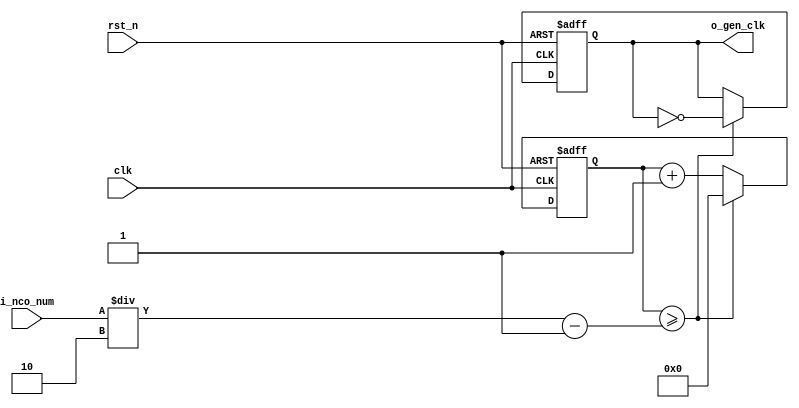
//	==================================================
//	Copyright (c) 2019 Sookmyung Women's University.
//	--------------------------------------------------
//	DEPARTMENT		: EE
//	--------------------------------------------------
//	RELEASE HISTORY
//	--------------------------------------------------
//	VERSION			DATE
//	0.0			2019-11-18
//	--------------------------------------------------
//	PURPOSE			: Digital Clock
//	==================================================

//	--------------------------------------------------
//	Numerical Controlled Oscillator
//	Hz of o_gen_clk = Clock Hz / num
//	--------------------------------------------------

// 609??	.i_nco_num	( 32'd500000	),
// modify nco_num to vibrate 60 times a second.


module	nco(	
		o_gen_clk,
		i_nco_num,
		clk,
		rst_n);

output		o_gen_clk	;	// 1Hz CLK

input	[31:0]	i_nco_num	;
input		clk		;	// 50Mhz CLK
input		rst_n		;

reg	[31:0]	cnt		;
reg		o_gen_clk	;

always @(posedge clk or negedge rst_n) begin
	if(rst_n == 1'b0) begin
		cnt		<= 32'd0;
		o_gen_clk	<= 1'd0	;
	end else begin
		if(cnt >= i_nco_num/2-1) begin
			cnt 	<= 32'd0;
			o_gen_clk	<= ~o_gen_clk;
		end else begin
			cnt <= cnt + 1'b1;
		end
	end
end

endmodule

//	--------------------------------------------------
//	Flexible Numerical Display Decoder
//	--------------------------------------------------
module	fnd_dec(
		o_seg,
		i_num);

output	[6:0]	o_seg		;	// {o_seg_a, o_seg_b, ... , o_seg_g}

input	[3:0]	i_num		;
reg	[6:0]	o_seg		;
//making
always @(i_num) begin 
 	case(i_num) 
 		4'd0:	o_seg = 7'b111_1110; 
 		4'd1:	o_seg = 7'b011_0000; 
 		4'd2:	o_seg = 7'b110_1101; 
 		4'd3:	o_seg = 7'b111_1001; 
 		4'd4:	o_seg = 7'b011_0011; 
 		4'd5:	o_seg = 7'b101_1011; 
 		4'd6:	o_seg = 7'b101_1111; 
 		4'd7:	o_seg = 7'b111_0000; 
 		4'd8:	o_seg = 7'b111_1111; 
 		4'd9:	o_seg = 7'b111_0011; 
		default:o_seg = 7'b000_0000; 
	endcase 
end


endmodule

//	--------------------------------------------------
//	0~59 --> 2 Separated Segments
//	--------------------------------------------------
module	double_fig_sep(
		o_left,
		o_right,
		i_double_fig);

output	[3:0]	o_left		;
output	[3:0]	o_right		;

input	[5:0]	i_double_fig	;

assign		o_left	= i_double_fig / 10	;
assign		o_right	= i_double_fig % 10	;

endmodule

//	--------------------------------------------------
//	0~59 --> 2 Separated Segments
//	--------------------------------------------------
module	led_disp(
		o_seg,
		o_seg_dp,
		o_seg_enb,
		i_six_digit_seg,
		clk,
		i_mode,
		i_position,
		rst_n,
		i_alarm_en );    //add i_mode & i_position --> to make new i_six_dp
  
output	[5:0]	o_seg_enb		;
output		     o_seg_dp		 ;
output	[6:0]	o_seg		    ;
	
input	[41:0]	i_six_digit_seg		;
input	[1:0]	 i_position		     ;
input	[1:0]	 i_mode			        ;
input		clk			                 ;
input		rst_n			               ;
input  i_alarm_en             ;

wire		gen_clk			;	
nco		u_nco(
		.o_gen_clk	( gen_clk	),
		.i_nco_num	( 32'd5000	),
		.clk		( clk		),
		.rst_n		( rst_n		));


reg	[3:0]	cnt_common_node		;

always @(posedge gen_clk or negedge rst_n) begin
	if(rst_n == 1'b0) begin
		cnt_common_node <= 4'd0;
	end else begin
		if(cnt_common_node >= 4'd5) begin
			cnt_common_node <= 4'd0;
		end else begin
			cnt_common_node <= cnt_common_node + 1'b1;
		end
	end
end

wire		clk_1hz			;
nco		u1_nco(
		.o_gen_clk	( clk_1hz	),
		.i_nco_num	( 32'd50000000	),
		.clk		( clk		),
		.rst_n		( rst_n		));

wire clk_2  ;
nco		u2_nco(
		.o_gen_clk	( clk_2	),
		.i_nco_num	( 32'd5000000	),
		.clk		( clk		),
		.rst_n		( rst_n		));		
		
reg	[5:0]	o_seg_enb		;
reg count1;
reg count2;
reg count3;


		
always @(posedge clk_2 or negedge rst_n) begin
  if(rst_n == 1'b0) begin
    count1 = 1'b0;
    count2 = 1'b0;
    count3 = 1'b0;
  end else begin
    count1 <= count1 + 1'b1;
    count2 <= count2 + 1'b1;
    count3 <= count3 + 1'b1;
  end
end

always @(cnt_common_node,i_mode,i_position,count1,count2,count3) begin
  if((i_mode == 2'b01) || (i_mode == 2'b10))begin
    case ( i_position  )
      2'b00 : begin
        if( count1 == 1'b0 ) begin
            case (cnt_common_node)
		          4'd0:	o_seg_enb = 6'b111111;
		          4'd1:	o_seg_enb = 6'b111111;
		          4'd2:	o_seg_enb = 6'b111011;
		          4'd3:	o_seg_enb = 6'b110111;
		          4'd4:	o_seg_enb = 6'b101111;
		          4'd5:	o_seg_enb = 6'b011111;
		          default:o_seg_enb = 6'b111111;	
	           endcase
	        end else begin
	           case (cnt_common_node)
		          4'd0:	o_seg_enb = 6'b111110;
		          4'd1:	o_seg_enb = 6'b111101;
		          4'd2:	o_seg_enb = 6'b111011;
		          4'd3:	o_seg_enb = 6'b110111;
		          4'd4:	o_seg_enb = 6'b101111;
		          4'd5:	o_seg_enb = 6'b011111;
		          default:o_seg_enb = 6'b111111;	
	          endcase
	       end
	   end
	   2'b01 : begin
	       if( count2 == 1'b0) begin
              case (cnt_common_node)
		          4'd0:	o_seg_enb = 6'b111110;
		          4'd1:	o_seg_enb = 6'b111101;
		          4'd2:	o_seg_enb = 6'b111111;
		          4'd3:	o_seg_enb = 6'b111111;
		          4'd4:	o_seg_enb = 6'b101111;
		          4'd5:	o_seg_enb = 6'b011111;
		          default:o_seg_enb = 6'b111111;	
	            endcase
	       end else begin
	          case (cnt_common_node)
		          4'd0:	o_seg_enb = 6'b111110;
		          4'd1:	o_seg_enb = 6'b111101;
		          4'd2:	o_seg_enb = 6'b111011;
		          4'd3:	o_seg_enb = 6'b110111;
		          4'd4:	o_seg_enb = 6'b101111;
		          4'd5:	o_seg_enb = 6'b011111;
		          default:o_seg_enb = 6'b111111;	
	            endcase
	      end
	  end
	  2'b10 : begin
	      if(count3 == 1'b0) begin
              case (cnt_common_node)
		          4'd0:	o_seg_enb = 6'b111110;
		          4'd1:	o_seg_enb = 6'b111101;
		          4'd2:	o_seg_enb = 6'b111011;
		          4'd3:	o_seg_enb = 6'b110111;
		          4'd4:	o_seg_enb = 6'b111111;
		          4'd5:	o_seg_enb = 6'b111111;
		          default:o_seg_enb = 6'b111111;	
	            endcase
	        end else begin
	          case (cnt_common_node)
		          4'd0:	o_seg_enb = 6'b111110;
		          4'd1:	o_seg_enb = 6'b111101;
		          4'd2:	o_seg_enb = 6'b111011;
		          4'd3:	o_seg_enb = 6'b110111;
		          4'd4:	o_seg_enb = 6'b101111;
		          4'd5:	o_seg_enb = 6'b011111;
		          default:o_seg_enb = 6'b111111;	
	            endcase
	        end
	  end 
	 endcase
	end else begin   
	   case (cnt_common_node)
		    4'd0:	o_seg_enb = 6'b111110;
		    4'd1:	o_seg_enb = 6'b111101;
		    4'd2:	o_seg_enb = 6'b111011;
		    4'd3:	o_seg_enb = 6'b110111;
		    4'd4:	o_seg_enb = 6'b101111;
		    4'd5:	o_seg_enb = 6'b011111;
		    default:o_seg_enb = 6'b111111;	
	  endcase
 end
end


reg 	[5:0]	i_six_dp		;	  
reg			     o_seg_dp		; //add


//ADD CONDITION : decide i_six_dp when i_mode is 2'b01 and 2'b10 
     
reg  [1:0] find_alarm = 2'b00;
reg  [1:0] find_alarm_x = 2'b00;


always @(posedge clk) begin
  find_alarm_x = find_alarm ;
end

		
always @(posedge clk_1hz or negedge rst_n) begin
  if(rst_n == 1'b0) begin
    find_alarm = 2'b00;
  end else begin
    find_alarm = {find_alarm_x[0],i_alarm_en};
  end
end
always @(i_mode,i_position, find_alarm) begin
	    if ( i_mode == 2'b01 ) begin
	       case (i_position)
		      2'b00:	  i_six_dp = 6'b000001;
		      2'b01:	  i_six_dp = 6'b000100;
		      2'b10:	  i_six_dp = 6'b010000;
		      default: i_six_dp = 6'b000000;
		     endcase
	     end else begin
	         if ( i_mode == 2'b10 ) begin
	           case (i_position)
		          2'b00:	  i_six_dp = 6'b000010;
		          2'b01:	  i_six_dp = 6'b001000;
		          2'b10:	  i_six_dp = 6'b100000;
		          default: i_six_dp = 6'b000000;
		         endcase
		       end else begin
		            i_six_dp = 6'b000000;
		       end
		     //i_mode is not 2'b10 and 2'b01, i_six_dp have to be 6'b000000
    if( (find_alarm == 2'b01)||(find_alarm == 2'b10) ) begin
           i_six_dp = 6'b111111;        
      end 
	end 
	  
end


 //if i_alarm_en ==1 and find_alarm == 0, i_six_dp = 111111 and find_alarm is increasement.... so, find_alarm == 0 > find_alarm ==>1
		      // if i_alarm_en ==1 but find_alarm ==1, i_six_dp is not changed. 


always @(cnt_common_node) begin
		case (cnt_common_node)
			4'd0:	o_seg_dp = i_six_dp[0];
			4'd1:	o_seg_dp = i_six_dp[1];
			4'd2:	o_seg_dp = i_six_dp[2];
			4'd3:	o_seg_dp = i_six_dp[3];
			4'd4:	o_seg_dp = i_six_dp[4];
			4'd5:	o_seg_dp = i_six_dp[5];
			default:o_seg_dp = 1'b0;
		endcase
end

reg	[6:0]	o_seg			            ;

always @(cnt_common_node) begin
	case (cnt_common_node)
		4'd0:	o_seg = i_six_digit_seg[6:0];
		4'd1:	o_seg = i_six_digit_seg[13:7];
		4'd2:	o_seg = i_six_digit_seg[20:14];
		4'd3:	o_seg = i_six_digit_seg[27:21];
		4'd4:	o_seg = i_six_digit_seg[34:28];
		4'd5:	o_seg = i_six_digit_seg[41:35];
		default:o_seg = 7'b111_1110; // 0 display
	endcase
end

endmodule


//	--------------------------------------------------
//	HMS(Hour:Min:Sec) Counter
//	--------------------------------------------------
module	hms_cnt(
		o_hms_cnt,
		o_max_hit,
		i_max_cnt,
		clk,
		rst_n);

output	[5:0]	o_hms_cnt		;
output		     o_max_hit		;

input	[5:0]	i_max_cnt		 ;
input		     clk			      ;
input		     rst_n			    ;

reg	[5:0]	o_hms_cnt		   ;
reg		     o_max_hit		;



always @(posedge clk or negedge rst_n) begin
	if(rst_n == 1'b0) begin
		o_hms_cnt <= 6'd0;
		o_max_hit <= 1'b0;
	end else begin
		if(o_hms_cnt >= i_max_cnt) begin
			o_hms_cnt <= 6'd0;
			o_max_hit <= 1'b1;
		end else begin
			o_hms_cnt <= o_hms_cnt + 1'b1;
			o_max_hit <= 1'b0;
		end
	end
end

endmodule

module  debounce(
		o_sw,
		i_sw,
		clk);
output		o_sw			;

input		i_sw			;
input		clk			;

reg		dly1_sw			;
always @(posedge clk) begin
	dly1_sw <= i_sw;
end

reg		dly2_sw			;
always @(posedge clk) begin
	dly2_sw <= dly1_sw;
end

assign		o_sw = dly1_sw | ~dly2_sw;

endmodule

//	--------------------------------------------------
//	Clock Controller
//	--------------------------------------------------
module	controller(
		o_mode,
		o_position,
		o_world_position,
		o_timer_position,				// add
		o_alarm_en,
		o_secc_clk,
		o_sec_clk,
		o_min_clk,
		o_hou_clk,
		o_alarm_sec_clk,
		o_alarm_min_clk,
		o_alarm_hou_clk,
		o_timer_sec_clk,
		o_timer_min_clk,
		o_timer_hou_clk,
		i_max_hit_secc,
		i_max_hit_sec,
		i_max_hit_min,
		i_max_hit_hou,
		i_sw0,
		i_sw1,
		i_sw2,
		i_sw3,
		i_sw4,
		i_sw5,							// add
		clk,
		rst_n);


output	[1:0]	o_mode			;
output	[1:0]	o_position		;
output [1:0] o_world_position ;
output	[1:0]	o_timer_position	;		// add
output		o_alarm_en		;
output		o_secc_clk		;
output		o_sec_clk		;
output		o_min_clk		;
output		o_hou_clk		;
output		o_alarm_sec_clk		;
output		o_alarm_min_clk		;
output		o_alarm_hou_clk		;
output		o_timer_sec_clk		;
output		o_timer_min_clk		;
output		o_timer_hou_clk		;

input		i_max_hit_secc		;
input		i_max_hit_sec		;
input		i_max_hit_min		;
input		i_max_hit_hou		;

input		i_sw0			;
input		i_sw1			;
input		i_sw2			;
input		i_sw3			;
input		i_sw4			;
input		i_sw5			;						// add

input		clk			;
input		rst_n			;

parameter	MODE_CLOCK	= 3'b000	;
parameter	MODE_SETUP	= 3'b001	;
parameter	MODE_ALARM	= 3'b010	;
parameter	MODE_WORLD	= 3'b011 ;
parameter	MODE_TIMER	= 3'b100	;
parameter	POS_SEC		  = 2'b00	;
parameter	POS_MIN		  = 2'b01	;
parameter POS_HOU  	 = 2'b10 ;
parameter WOR_USA    = 2'b00 ; //TIME OF USA
parameter WOR_ENG    = 2'b01 ; //TIME OF ENGLAND
parameter WOR_AUS    = 2'b10 ; //TIME OF AUSTRALIA
parameter	SECC_SW	= 2'b00	;
parameter	SEC_SW	= 2'b01	;
parameter	MIN_SW	= 2'b10	;

wire		clk_100hz		;
nco		u0_nco(
		.o_gen_clk	( clk_100hz	),
		.i_nco_num	( 32'd500000	),
		.clk		( clk		),
		.rst_n		( rst_n		));

wire		sw0			;
debounce	u0_debounce(
		.o_sw		( sw0		),
		.i_sw		( i_sw0		),
		.clk		( clk_100hz	));

wire		sw1			;
debounce	u1_debounce(
		.o_sw		( sw1		),
		.i_sw		( i_sw1		),
		.clk		( clk_100hz	));

wire		sw2			;
debounce	u2_debounce(
		.o_sw		( sw2		),
		.i_sw		( i_sw2		),
		.clk		( clk_100hz	));

wire		sw3			;
debounce	u3_debounce(
		.o_sw		( sw3		),
		.i_sw		( i_sw3		),
		.clk		( clk_100hz	));

wire		sw4			;
debounce	u4_debounce(
		.o_sw		( sw4		),
		.i_sw		( i_sw4		),
		.clk		( clk_100hz	));
		
wire		sw5			;
debounce	u5_debounce(
		.o_sw		( sw5		),
		.i_sw		( i_sw5		),
		.clk		( clk_100hz	));

reg	[1:0]	o_mode			;
always @(posedge sw0 or negedge rst_n) begin
	if(rst_n == 1'b0) begin
		o_mode <= MODE_CLOCK;
	end else begin
		if(o_mode >= MODE_TIMER) begin
			o_mode <= MODE_CLOCK;
		end else begin
			o_mode <= o_mode + 1'b1;
		end
	end
end

reg	[1:0]	o_position		;
always @(posedge sw1 or negedge rst_n) begin
	if(rst_n == 1'b0) begin
		o_position <= POS_SEC;
	end else begin
		if(o_position >= POS_HOU) begin
			o_position <= POS_SEC;
		end else begin
			o_position <= o_position + 1'b1;
		end
	end
end

reg		o_alarm_en		;
always @(posedge sw3 or negedge rst_n) begin
	if(rst_n == 1'b0) begin
		o_alarm_en <= 1'b0;
	end else begin
		o_alarm_en <= o_alarm_en + 1'b1;
	end
end

reg	[1:0]	o_world_position		; //ADD TIME OF OTHER COUNTRIES WITH NEW BUTTON sw4 

always @(posedge sw4 or negedge rst_n) begin
	if(rst_n == 1'b0) begin
		o_world_position <= WOR_USA;
	end else begin
		if(o_world_position >= WOR_AUS) begin
			o_world_position <= WOR_USA;
		end else begin
			o_world_position <= o_world_position + 1'b1;
		end
	end
end


reg	[1:0]	o_timer_position		; //ADD TIMER WITH NEW BUTTON sw5 

always @(posedge sw5 or negedge rst_n) begin
	if(rst_n == 1'b0) begin
		o_timer_position <= SECC_SW;
	end else begin
		if(o_timer_position >= MIN_SW) begin
			o_timer_position <= SECC_SW;
		end else begin
			o_timer_position <= o_timer_position + 1'b1;
		end
	end
end

wire		clk_1hz			;
nco		u1_nco(
		.o_gen_clk	( clk_1hz	),
		.i_nco_num	( 32'd50000000	),
		.clk		( clk		),
		.rst_n		( rst_n		));
		
wire		clk_60hz			;
nco		u2_nco(
		.o_gen_clk	( clk_60hz	),
		.i_nco_num	( 32'd500000	),	// modify nco_num to vibrate 60 times a second.
		.clk		( clk		),
		.rst_n		( rst_n		));

reg		o_secc_clk		;
reg		o_sec_clk		;
reg		o_min_clk		;
reg  o_hou_clk  		;
reg		o_alarm_sec_clk		;
reg		o_alarm_min_clk		;
reg  o_alarm_hou_clk 	;
always @(*) begin
	case(o_mode)
		MODE_CLOCK : begin
			o_sec_clk = clk_1hz;
			o_min_clk = i_max_hit_sec;
			o_hou_clk = i_max_hit_min;
			o_alarm_sec_clk = 1'b0;
			o_alarm_min_clk = 1'b0;
			o_alarm_hou_clk = 1'b0;
		end
		MODE_SETUP : begin
			case(o_position)
				POS_SEC : begin
					o_sec_clk = ~sw2;
					o_min_clk = 1'b0;
					o_hou_clk = 1'b0;
					o_alarm_sec_clk = 1'b0;
					o_alarm_min_clk = 1'b0;
					o_alarm_hou_clk = 1'b0;
				end
				POS_MIN : begin
					o_sec_clk = 1'b0;
					o_min_clk = ~sw2;
					o_hou_clk = 1'b0;
					o_alarm_sec_clk = 1'b0;
					o_alarm_min_clk = 1'b0;
					o_alarm_hou_clk = 1'b0;
				end
				POS_HOU : begin
				  o_sec_clk = 1'b0;
					o_min_clk = 1'b0;
					o_hou_clk = ~sw2;
					o_alarm_sec_clk = 1'b0;
					o_alarm_min_clk = 1'b0;
					o_alarm_hou_clk = 1'b0;
				end
			endcase
		end
		MODE_ALARM : begin
			case(o_position)
				POS_SEC : begin
					o_sec_clk = clk_1hz;
					o_min_clk = i_max_hit_sec;
					o_hou_clk = i_max_hit_min;
					o_alarm_sec_clk = ~sw2;
					o_alarm_min_clk = 1'b0;
					o_alarm_hou_clk = 1'b0;
				end
				POS_MIN : begin
					o_sec_clk = clk_1hz;
					o_min_clk = i_max_hit_sec;
					o_hou_clk = i_max_hit_min;
					o_alarm_sec_clk = 1'b0;
					o_alarm_min_clk = ~sw2;
					o_alarm_hou_clk = 1'b0;
				end
				POS_HOU : begin
				  o_sec_clk = clk_1hz;
					o_min_clk = i_max_hit_sec;
					o_hou_clk = i_max_hit_min;
					o_alarm_sec_clk = 1'b0;
					o_alarm_min_clk = 1'b0;
					o_alarm_hou_clk = ~sw2;
				end
			endcase
		end
		MODE_WORLD : begin
		  o_sec_clk = clk_1hz;
			o_min_clk = i_max_hit_sec;
			o_hou_clk = i_max_hit_min;
			o_alarm_sec_clk = 1'b0;
			o_alarm_min_clk = 1'b0;
			o_alarm_hou_clk = 1'b0;
		end  
		default: begin
			o_sec_clk = 1'b0;
			o_min_clk = 1'b0;
			o_hou_clk = 1'b0;
			o_alarm_sec_clk = 1'b0;
			o_alarm_min_clk = 1'b0;
			o_alarm_hou_clk = 1'b0;
		end
		MODE_TIMER : begin
			case(o_position)
				SECC_SW : begin
					o_secc_clk = clk_60hz;			//???? 60hz
					o_sec_clk = i_max_hit_secc;
					o_min_clk = i_max_hit_sec;
					o_alarm_sec_clk = 1'b0;
					o_alarm_min_clk = 1'b0;
					o_alarm_hou_clk = 1'b0;
				end
				SEC_SW : begin
					o_secc_clk = clk_60hz;			//???? 60hz
					o_sec_clk = i_max_hit_secc;
					o_min_clk = i_max_hit_sec;
					o_alarm_sec_clk = 1'b0;
					o_alarm_min_clk = 1'b0;
					o_alarm_hou_clk = 1'b0;
				end
				MIN_SW : begin
					o_secc_clk = clk_60hz;			//???? 60hz
					o_sec_clk = i_max_hit_secc;
					o_min_clk = i_max_hit_sec;
					o_alarm_sec_clk = 1'b0;
					o_alarm_min_clk = 1'b0;
					o_alarm_hou_clk = 1'b0;
				end
			endcase
		end
	endcase
end

endmodule

//	--------------------------------------------------
//	HMS(Hour:Min:Sec) Counter
//	--------------------------------------------------
module	houminsec(	
		o_secc,
		o_sec,
		o_min,
		o_hou,
		o_max_hit_secc,
		o_max_hit_sec,
		o_max_hit_min,
		o_max_hit_hou,
		o_alarm,
		i_mode,
		i_position,
		i_world_position,
		i_timer_position,			// add
		i_secc_clk,					// add
		i_sec_clk,
		i_min_clk,
		i_hou_clk,
		i_alarm_sec_clk,
		i_alarm_min_clk,
		i_alarm_hou_clk,
		i_timer_secc_clk,			// add x3
		i_timer_sec_clk,
		i_timer_min_clk,
		i_alarm_en,
		clk,
		rst_n);

output	[5:0]	o_secc	;
output	[5:0]	o_sec		;
output	[5:0]	o_min		;
output [5:0]	o_hou  		;
output		o_max_hit_secc	;
output		o_max_hit_sec	;
output		o_max_hit_min	;
output  	o_max_hit_hou 	;
output		o_alarm		;

input	[1:0]i_mode		;
input	[1:0]i_position	;
input [1:0]i_world_position ;
input [1:0]i_timer_position ;
input				i_secc_clk	;
input			   i_sec_clk	;
input			   i_min_clk	;
input 	    i_hou_clk 	;
input			   i_alarm_sec_clk	;
input			   i_alarm_min_clk	;
input  	   i_alarm_hou_clk ;
input			   i_timer_secc_clk	;
input			   i_timer_sec_clk	;
input				i_timer_min_clk ;
input			   i_alarm_en	;

input		clk		  ;
input		rst_n		;


parameter	MODE_CLOCK	= 3'b000	;
parameter	MODE_SETUP	= 3'b001	;
parameter	MODE_ALARM	= 3'b010	;
parameter	MODE_WORLD	= 3'b011 ;
parameter	MODE_TIMER	= 3'b100	;
//parameter	POS_SECC		= 2'b11	;
parameter	POS_SEC		  = 2'b00	;
parameter	POS_MIN		  = 2'b01	;
parameter POS_HOU  	 = 2'b10 ;
parameter WOR_USA    = 2'b00 ;
parameter WOR_ENG    = 2'b01 ;
parameter WOR_AUS    = 2'b10 ;
parameter	SECC_SW	= 2'b00	;
parameter	SEC_SW	= 2'b01	;
parameter	MIN_SW	= 2'b10	;


//	MODE_CLOCK
wire	[5:0]	sec		;
wire		max_hit_sec	;
hms_cnt		u_hms_cnt_sec(
		.o_hms_cnt	( sec			),
		.o_max_hit	( o_max_hit_sec		),
		.i_max_cnt	( 6'd59			),
		.clk		( i_sec_clk		),
		.rst_n		( rst_n			));

wire	[5:0]	min		;
wire		max_hit_min	;
hms_cnt		u_hms_cnt_min(
		.o_hms_cnt	( min			),
		.o_max_hit	( o_max_hit_min		),
		.i_max_cnt	( 6'd59			),
		.clk		( i_min_clk		),
		.rst_n		( rst_n			));
		
wire 	[5:0] 	hou  		;
wire  		max_hit_hou 	;
hms_cnt		u_hms_cnt_hou(
		.o_hms_cnt	( hou			),
		.o_max_hit	( o_max_hit_hou		),
		.i_max_cnt	( 6'd23			),
		.clk		( i_hou_clk		),
		.rst_n		( rst_n			));
		
//	MODE_ALARM
wire	[5:0]	alarm_sec	;
hms_cnt		u_hms_cnt_alarm_sec(
		.o_hms_cnt	( alarm_sec		),
		.o_max_hit	( 			),
		.i_max_cnt	( 6'd59			),
		.clk		( i_alarm_sec_clk	),
		.rst_n		( rst_n			));

wire	[5:0]	alarm_min	;
hms_cnt		u_hms_cnt_alarm_min(
		.o_hms_cnt	( alarm_min		),
		.o_max_hit	( 			),
		.i_max_cnt	( 6'd59			),
		.clk		( i_alarm_min_clk	),
		.rst_n		( rst_n			));

wire	[5:0]	alarm_hou	;
hms_cnt		u_hms_cnt_alarm_hou(
		.o_hms_cnt	( alarm_hou		),
		.o_max_hit	( 			),
		.i_max_cnt	( 6'd23			),
		.clk		( i_alarm_hou_clk	),
		.rst_n		( rst_n			));
		
//	MODE_TIMER

// The part of the watch that increases its secc part
wire	[5:0]	secc		;
wire		max_hit_secc	;
hms_cnt		u_hms_cnt_secc(
		.o_hms_cnt	( secc			),
		.o_max_hit	( o_max_hit_secc		),
		.i_max_cnt	( 6'd59			),
		.clk		( i_secc_clk		),
		.rst_n		( rst_n			));

wire	[5:0]	timer_secc	;
hms_cnt		u_hms_cnt_timer_secc(
		.o_hms_cnt	( timer_secc		),
		.o_max_hit	( 			),
		.i_max_cnt	( 6'd59			),
		.clk		( i_timer_secc_clk	),
		.rst_n		( rst_n			));

wire	[5:0]	timer_sec	;
hms_cnt		u_hms_cnt_timer_sec(
		.o_hms_cnt	( timer_sec	),
		.o_max_hit	( 			),
		.i_max_cnt	( 6'd59			),
		.clk		( i_timer_sec_clk	),
		.rst_n		( rst_n			));

wire	[5:0]	timer_min	;
hms_cnt		u_hms_cnt_timer_min(
		.o_hms_cnt	( timer_min		),
		.o_max_hit	( 			),
		.i_max_cnt	( 6'd59			),
		.clk		( i_timer_min_clk	),
		.rst_n		( rst_n			));


reg	[5:0]	o_secc	;
reg	[5:0]	o_sec		;
reg	[5:0]	o_min		;
reg 	[5:0] o_hou 		;

always @ (*) begin
	case(i_mode)
		MODE_CLOCK: begin
			o_sec	= sec;
			o_min	= min;
			o_hou = hou;
		end
		MODE_SETUP:	begin
			o_sec	= sec;
			o_min	= min;
			o_hou = hou;
		end
		MODE_ALARM:	begin
			o_sec	= alarm_sec;
			o_min	= alarm_min;
			o_hou = alarm_hou;
		end
		MODE_WORLD: begin //MODE OF TIME OF OTHER COUNTRIES
		    case(i_world_position)
		      WOR_USA : begin //TIME OF USA --> TIME DIFFERENCE OF 14 HOUR
		        o_sec	= sec;
			      o_min	= min;
			      o_hou = hou + 6'd14 ;
			    end
			    WOR_ENG : begin //TIME OF ENGLAND --> TIME DIFFERENCE OF 9 HOUR
			      o_sec	= sec;
			      o_min	= min;
			      o_hou = hou + 6'd09 ;
			    end
			    WOR_AUS : begin //TIME OF AUSTRALIA --> TIME DIFFERENCE OF 2 HOUR
			      o_sec	= sec;
			      o_min	= min;
			      o_hou = hou + 6'd02 ;
			    end
			  endcase
		end
		MODE_TIMER: begin
			o_secc	= secc;
			o_sec		= sec;
			o_min		= min;
		end
	endcase
end

reg		o_alarm		;
always @ (posedge clk or negedge rst_n) begin
	if ((rst_n == 1'b0)) begin
		o_alarm <= 1'b0;
	    end else begin
		    if( (sec == alarm_sec) && (min == alarm_min) && (hou == alarm_hou)) begin
		  	   o_alarm <= 1'b1 & i_alarm_en;
		    end else begin
			     o_alarm <= o_alarm & i_alarm_en;
			   end
	end
end

endmodule

module	buzz(
		o_buzz,
		i_buzz_en,
		clk,
		rst_n);

output		o_buzz		;

input		i_buzz_en	;
input		clk		     ;
input		rst_n		   ;

parameter	C = 191113	;
parameter	D = 170262	;
parameter	E = 151686	;
parameter	F = 143173	;
parameter	G = 63776	;
parameter	A = 56818	;
parameter	B = 50619	;

wire		clk_beat		;
nco	u_nco_bit(	
		.o_gen_clk	( clk_beat	),
		.i_nco_num	( 25000000	),
		.clk		( clk		),
		.rst_n		( rst_n		));

reg	[4:0]	cnt		;
always @ (posedge clk_beat or negedge rst_n) begin
	if(rst_n == 1'b0) begin
		cnt <= 5'd0;
	end else begin
		if(cnt >= 5'd24) begin
			cnt <= 5'd0;
		end else begin
			cnt <= cnt + 1'd1;
		end
	end
end

reg	[31:0]	nco_num		;
always @ (*) begin
	case(cnt)
		5'd00: nco_num = E	;
		5'd01: nco_num = D	;
		5'd02: nco_num = C	;
		5'd03: nco_num = D	;
		5'd04: nco_num = E	;
		5'd05: nco_num = E	;
		5'd06: nco_num = E	;
		5'd07: nco_num = D	;
		5'd08: nco_num = D	;
		5'd09: nco_num = D	;
		5'd10: nco_num = E	;
		5'd11: nco_num = E	;
		5'd12: nco_num = E	;
		5'd13: nco_num = E	;
		5'd14: nco_num = D	;
		5'd15: nco_num = C	;
		5'd16: nco_num = D	;
		5'd17: nco_num = E	;
		5'd18: nco_num = E	;
		5'd19: nco_num = E	;
		5'd20: nco_num = D	;
		5'd21: nco_num = D	;
		5'd22: nco_num = E	;
		5'd23: nco_num = D	;
		5'd24: nco_num = C	;
	endcase
end

wire		buzz		;
nco	u_nco_buzz(	
		.o_gen_clk	( buzz		),
		.i_nco_num	( nco_num	),
		.clk		( clk		),
		.rst_n		( rst_n		));

assign		o_buzz = buzz & i_buzz_en;

endmodule



//	--------------------------------------------------
//	Timer
//	--------------------------------------------------
/*

module timer(
		clk,
		i_mode1,
		i_mode2,
		o_secc_sw,
		o_sec_sw,
		o_min_sw	);
		
input					clk		;
input		[1:0]		i_mode1	;
input		[1:0]		i_mode2	;

output	[3:0]		o_secc_sw;
output	[5:0]		o_sec_sw	;
output	[5:0]		o_min_sw	;

reg		[3:0]		o_secc_sw;
reg		[5:0]		o_sec_sw	;
reg		[5:0]		o_min_sw	;
reg		[3:0]		count		;
reg		[3:0]		v_secc	;
reg		[5:0]		v_sec		;
reg		[5:0]		v_min		;

initial begin
	count		= 4'b0000;
	v_secc	= 4'b0000;
	v_sec		= 6'b000000;
	v_min		= 6'b000000;
end

always @(posedge clk) begin
	if( i_mode1 == 2'b10 && i_mode2 == 2'b01 ) begin
		count = count + 1;
	end else begin
		if( count == 4'b1010 ) begin
			v_secc = v_secc + 1;
			count = 4'b0000;
			end else begin
			if( v_secc == 4'b1010 ) begin
				v_sec = v_sec + 1;
				v_secc = 4'b0000;
			end else begin
				if( v_sec == 4'b111100 ) begin
					v_min = v_min + 1;
					v_sec = 6'b000000;
				end else begin
					if( v_min == 4'b111100 ) begin
						v_min = 6'b000000;
					end else begin
						if( i_mode1 == 2'b10 && i_mode2 == 2'b00 ) begin
							count = 4'b0000;
							v_secc = 4'b0000;
							v_sec = 4'b000000;
							v_min = 4'b000000;
						end
					end
				end
			end
		end	
		o_secc_sw = v_secc;
		o_sec_sw = v_sec;
		o_min_sw = v_min;
	end
end

endmodule		
*/

/*
module stopwatch(
    i_clock,
    i_reset,
    i_start,
    a, b, c, d, e, f, g,
	 dp,
    an			);
 
input i_clock	;
input i_reset	;
input i_start	;

output	a	;
output	b	;
output	c	;
output	d	;
output	e	;
output	f	;
output	g	;
output	dp	;
output [3:0] an 	;
 
reg [3:0] reg_d0, reg_d1, reg_d2, reg_d3; //registers that will hold the individual counts
reg [22:0] count; //23 bits needed to count up to 5M bits

wire click;
 
//the mod 5M clock to generate a tick ever 0.1 second
always @ (posedge i_clock or posedge i_reset)	begin
	case (i_sw2)
		i_reset: begin
			count <= 0;
			if (count == 5000000) begin //if it reaches the desired max value reset it
				count <= 0;
			end
		end
		i_start: begin		//only start if the input is set high
			count <= count + 1;
		end
	endcase
end

assign click = ((count == 5000000) ? 1'b1 : 1'b0); //click to be assigned high every 0.1 second

always @ (posedge i_clock or posedge i_reset) begin

 case (i_sw2)
	i_reset: begin
		reg_d0 <= 0;
		reg_d1 <= 0;
		reg_d2 <= 0;
		reg_d3 <= 0;
	end
 	i_click: begin //increment at every click
		if(reg_d0 == 9) begin //xxx9 - the 0.1 second digit, if_1
			reg_d0 <= 0;
			
		end else begin
			if (reg_d1 == 9) begin //xx99, if_2
				reg_d1 <= 0;
				
			end else begin
				if (reg_d2 == 5) begin //x599 - the two digit seconds digits, if_3
					reg_d2 <= 0;
					
				end else begin
					if(reg_d3 == 9) begin //9599 - The minute digit
						reg_d3 <= 0;
						
					end else begin
						reg_d3 <= reg_d3 + 1;
						reg_d2 <= reg_d2 + 1;
						reg_d1 <= reg_d1 + 1;
						reg_d0 <= reg_d0 + 1;
					end
				end
			end
		end
	endcase
end
*/
/*		
     else //else_3
      reg_d2 <= reg_d2 + 1;
    end
     
    else //else_2
     reg_d1 <= reg_d1 + 1;
   end
    
   else //else_1
    reg_d0 <= reg_d0 + 1;
  end
end
*/
/*
//The Circuit for Multiplexing - Look at my other post for details on this
 
localparam N = 18;
 
reg [N-1:0]	count2;
 
always @ (posedge i_clock or posedge i_reset)
 begin
  if (i_reset)
   count2 <= 0;
  else
   count2 <= count2 + 1;
 end
 
reg [6:0]sseg;
reg [3:0]an_temp;
reg reg_dp;

always @ (*) begin
  case(count2[N-1:N-2])
   2'b00 : begin
     sseg = reg_d0;
     an_temp = 4'b1110;
     reg_dp = 1'b1;
   end  
   2'b01: begin
     sseg = reg_d1;
     an_temp = 4'b1101;
     reg_dp = 1'b0;
   end
   2'b10: begin
     sseg = reg_d2;
     an_temp = 4'b1011;
     reg_dp = 1'b1;
   end  
   2'b11: begin
     sseg = reg_d3;
     an_temp = 4'b0111;
     reg_dp = 1'b0;
   end
  endcase
end
 
assign an = an_temp;
 
reg [6:0] sseg_temp; 
always @ (*) begin
  case(sseg)
   4'd0 : sseg_temp = 7'b1000000;
   4'd1 : sseg_temp = 7'b1111001;
   4'd2 : sseg_temp = 7'b0100100;
   4'd3 : sseg_temp = 7'b0110000;
   4'd4 : sseg_temp = 7'b0011001;
   4'd5 : sseg_temp = 7'b0010010;
   4'd6 : sseg_temp = 7'b0000010;
   4'd7 : sseg_temp = 7'b1111000;
   4'd8 : sseg_temp = 7'b0000000;
   4'd9 : sseg_temp = 7'b0010000;
   default : sseg_temp = 7'b0111111; //dash
  endcase
end

assign {g, f, e, d, c, b, a} = sseg_temp; 
assign dp = reg_dp;
 
endmodule
*/

module	digital_clock(
		o_seg_enb,
		o_seg_dp,
	 	o_seg,
		o_alarm,
		i_sw0,
		i_sw1,
		i_sw2,
		i_sw3,
		i_sw4,
		i_sw5,
		clk,
		rst_n);
    
output	[5:0]	o_seg_enb	;
output	     	o_seg_dp	;
output	[6:0]	o_seg		  ;
output	     	o_alarm		;

input		i_sw0		;
input		i_sw1		;
input		i_sw2		;
input		i_sw3		;
input		i_sw4		;
input		i_sw5		;
input		clk		  ;
input		rst_n		;

wire		max_hit_secc		;
wire 		 max_hit_min     ;
wire		  max_hit_sec     ;
wire  		max_hit_hou     ;
wire  		hou_clk         ;
wire		  min_clk         ;
wire		  sec_clk         ;
wire			secc_clk			;

wire  		alarm_en        ;
wire  		alarm_min       ;
wire  		alarm_sec       ;
wire  		alarm_hou       ;

wire  		timer_secc       ;
wire  		timer_sec       ;
wire  		timer_min       ;

wire  		[1:0]position   ;
wire  		[1:0]mode       ;
wire			[1:0]	world_position;
wire			[1:0]	timer_position;

controller u_ctrl (
			.o_mode(mode),
			.o_position(position),
			.o_world_position(world_position),
			.o_timer_position(timer_position),
			.o_alarm_en(alarm_en),
			.o_secc_clk(secc_clk),
			.o_sec_clk(sec_clk),
			.o_min_clk(min_clk),
			.o_hou_clk(hou_clk),
			.o_alarm_sec_clk(alarm_sec),
			.o_alarm_min_clk(alarm_min),
			.o_alarm_hou_clk(alarm_hou),
			.o_timer_sec_clk(timer_sec),
			.o_timer_min_clk(timer_min),
			.o_timer_hou_clk(timer_hou),
			.i_max_hit_secc(max_hit_secc),
			.i_max_hit_sec(max_hit_sec),
			.i_max_hit_min(max_hit_min),
			.i_max_hit_hou(max_hit_hou),
			.i_sw0(i_sw0),
			.i_sw1(i_sw1),
			.i_sw2(i_sw2),
			.i_sw3(i_sw3),
			.i_sw4(i_sw4),
			.i_sw5(i_sw5),
			.clk(clk),
			.rst_n(rst_n));		

wire		[5:0]		secc			;
wire    [5:0]   min            ;
wire    [5:0]   sec            ;
wire    [5:0]   hou            ;


wire    buzz                    ;
  
houminsec u_houminsec (
			.o_secc(secc),
			.o_sec(sec),
			.o_min(min),
			.o_hou(hou),
			.o_max_hit_secc(max_hit_secc),
			.o_max_hit_sec(max_hit_sec),
			.o_max_hit_min(max_hit_min),
			.o_max_hit_hou(max_hit_hou),
			.o_alarm(buzz),
			.i_mode(mode),
			.i_position(position),
			.i_world_position(world_position),
			.i_timer_position(timer_position),
			.i_secc_clk(secc_clk),
			.i_sec_clk(sec_clk),
			.i_min_clk(min_clk),
			.i_hou_clk(hou_clk),
			.i_alarm_sec_clk(alarm_sec),
			.i_alarm_min_clk(alarm_min),
			.i_timer_secc_clk(timer_secc),
			.i_timer_sec_clk(timer_sec),
			.i_timer_min_clk(timer_min),
			.i_alarm_hou_clk(alarm_hou),
			.i_alarm_en(alarm_en),
			.clk(clk),
			.rst_n(rst_n));

buzz   u_buzz(
		  .o_buzz(o_alarm),
		  .i_buzz_en(buzz),
		  .clk(clk),
		  .rst_n(rst_n));

wire    [3:0]   sec_left_num   ;
wire    [3:0]   sec_right_num  ;
wire    [6:0]   sec_left       ;
wire    [6:0]   sec_right      ;

double_fig_sep u0_dfs(
			.o_left(sec_left_num),
			.o_right(sec_right_num),
			.i_double_fig(sec));
	
fnd_dec u0_fnd_dec(
			.o_seg(sec_left),
			.i_num(sec_left_num));

fnd_dec u1_fnd_dec(
			.o_seg(sec_right),
			.i_num(sec_right_num));


wire    [3:0]   min_left_num   ;
wire    [3:0]   min_right_num  ;
wire    [6:0]   min_left       ;
wire    [6:0]   min_right      ;

double_fig_sep u1_dfs(
			.o_left(min_left_num),
			.o_right(min_right_num),
			.i_double_fig(min));

fnd_dec u2_fnd_dec(
			.o_seg(min_left),
			.i_num(min_left_num));

fnd_dec u3_fnd_dec(
			.o_seg(min_right),
			.i_num(min_right_num));

wire    [3:0]   hou_left_num   ;
wire    [3:0]   hou_right_num  ;
wire    [6:0]   hou_left       ;
wire    [6:0]   hou_right      ;

double_fig_sep u2_dfs(
			.o_left(hou_left_num),
			.o_right(hou_right_num),
			.i_double_fig(hou));

fnd_dec u4_fnd_dec(
			.o_seg(hou_left),
			.i_num(hou_left_num));

fnd_dec u5_fnd_dec(
			.o_seg(hou_right),
			.i_num(hou_right_num));
			
wire [41:0] six_digit_seg	;
assign six_digit_seg = {hou_left,hou_right,min_left,min_right,sec_left,sec_right};

led_disp u_led_disp (
			.o_seg(o_seg),
			.o_seg_dp(o_seg_dp),
			.o_seg_enb(o_seg_enb),
			.i_six_digit_seg(six_digit_seg),
			.i_mode(mode),
			.i_position(position),
			.i_alarm_en(alarm_en),
			.clk(clk),
			.rst_n(rst_n));
/*		
timer		u_timer(
			.clk			( clk		),
			.i_mode1		( 		),
			.i_mode2		( 		),
			.o_secc_sw	( 		),
			.o_sec_sw	( 		),
			.o_min_sw	( 		));
					
stopwatch	u_sw(
    .i_clock	( clk	),
    .i_reset	( i_sw1	),
    .i_start	( i_sw2	),
    .a			( 	),
	 .b			( 	),
	 .c			( 	),
	 .d			( 	),
	 .e			( 	),
	 .f			( 	),
	 .g			( 	),
	 .dp			( 	),
    .an			( 	));
	 */

endmodule